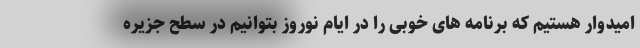
امیدوار هستیم که برنامه های خوبی را در ایام نوروز بتوانیم در سطح جزیره